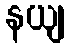
နယျ